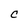
Character: C